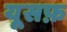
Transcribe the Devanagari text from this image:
यूसफ़